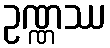
ဥဏ္ဏဿ